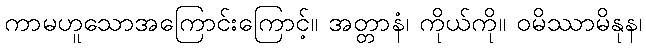
ကာမဟူသောအကြောင်းကြောင့်။ အတ္တာနံ၊ ကိုယ်ကို။ ဝမိဿာမိနုန၊